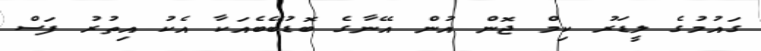
ގައުމުގެ ލީޑަރު ކިމް ޖޮން އުން އޭނާގެ ބޮޑުބޭބެއަކާ އެކު އިތުރު ފަސް